Civil Veterinary Department. Madras. Admin. report 1926-33 - 1926-1933
Year: 1926
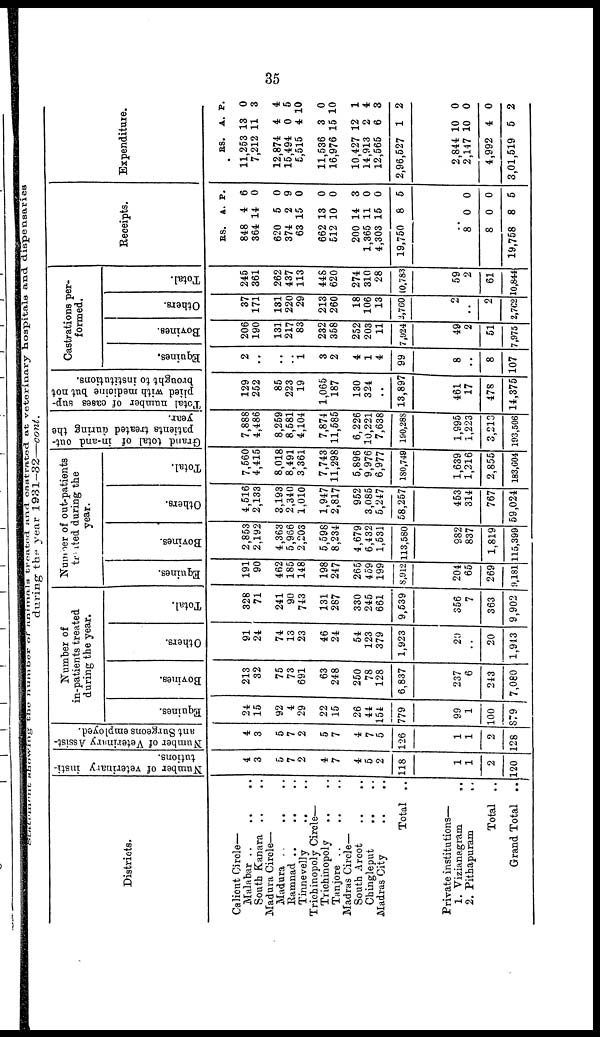
35
Statement
showing the number of animals treated and castrated at veterinary hospitals and dispensarias
during the year 1981—32—cont.
Districts.
Calient Circle—
Malabar ..
..
..
South Kanara .. ..
Madura Circle—
Madura
.. ..
Ramnad ..
.. ..
Tinnevelly
.. ..
Trichinopoly Circle—
Trichinopoly.. ..
Tanjore .. .. ..
Madras Circle—
South Arcot
..
..
Chingleput .. ..
Madras City .. ..
Total ..
Private institutions—
1.
Vizianagram
..
2. Pithapuram ..
Total ..
Grand Total ..
Number of veterinary insti-
tutions.
4
3
5
7
2
4
7
4
5
2
118
1
1
2
120
Number of Veterinary Assist-
ant Surgeons employed.
4
3
5
7
2
5
7
4
7
5
126
1
1
2
128
Number of
in-patients treated
during the year.
Equines.
24
15
92
4
29
22
15
26
44
154
779
99
1
100
879
Bovines.
213
32
75
73
691
63
248
250
78
128
6,837
237
6
243
7,080
Others.
91
24
74
13
23
46
24
54
123
379
1,923
20
..
20
1,913
Total.
328
71
241
90
743
131
287
330
245
661
9,539
356
7
363
9,902
Number of out-patients
treated during the
year.
Equines.
191
90
462
185
148
198
247
265
459
199
8,912
204
65
269
9,181
Bovines.
2,853
2,192
4,363
5,966
2,203
5,598
8,234
4,679
6,432
1,531
113,580
982
837
1,819
115,399
Others.
4,516
2,133
3,193
2,340
1,010
1,947
2,817
952
3,085
5,247
58,257
453
314
767
59,024
Total.
7,560
4,415
8,018
8,491
3,361
7,743
11,298
5,896
9,976
6,977
180,749
1,639
1,216
2,855
183,604
Grand total of in-and out-
patients treated during the
year.
7,888
4,486
8,259
8,581
4,104
7,874
11,585
6,226
10,221
7,638
190,288
1,995
1,223
3,213
193,506
Total number of cases sup-
plied with medicine but not
brought to institutions.
129
252
85
223
19
1,065
187
130
324
..
13,897
461
17
478
14,375
Castrations per-
formed.
Equines.
2
..
..
..
1
3
2
4
1
4
99
8
..
8
407
Bovines.
206
190
131
217
83
232
358
252
203
11
7,924
49
2
51
7,975
Others.
37
171
131
220
29
213
260
18
106
13
2,760
2
..
2
2,762
Total.
245
361
262
437
113
448
620
274
310
28
10,783
59
2
61
6,844
Receipts.
RS.
848
364
620
374
63
662
512
200
1,365
4,303
19,750
..
8
8
19,758
A.
4
14
5
2
15
13
10
14
11
15
8
0
0
8
P.
6
0
0
9
0
0
0
3
0
0
5
0
0
5
Expenditure.
RS.
11,253
7,212
12,874
15,494
5,515
11,536
16,976
10,427
14,913
12,565
2,96,527
2,844
2,147
4,992
3,01,519
A.
13
11
4
0
4
3
15
12
2
6
1
10
10
4
5
P.
0
3
4
5
10
0
10
1
4
3
2
0
0
0
2